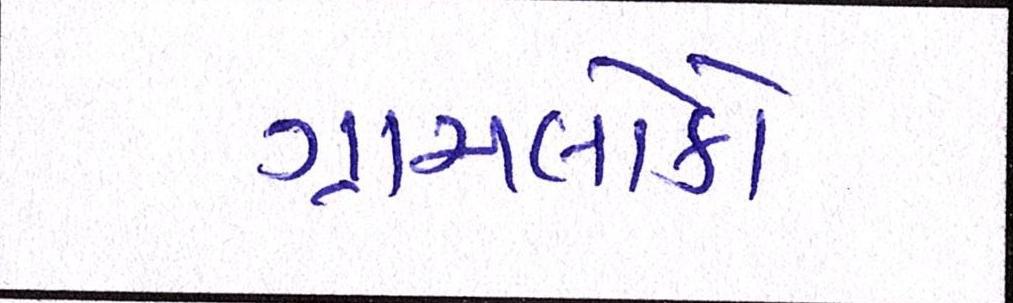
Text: ગ્રામલોકો